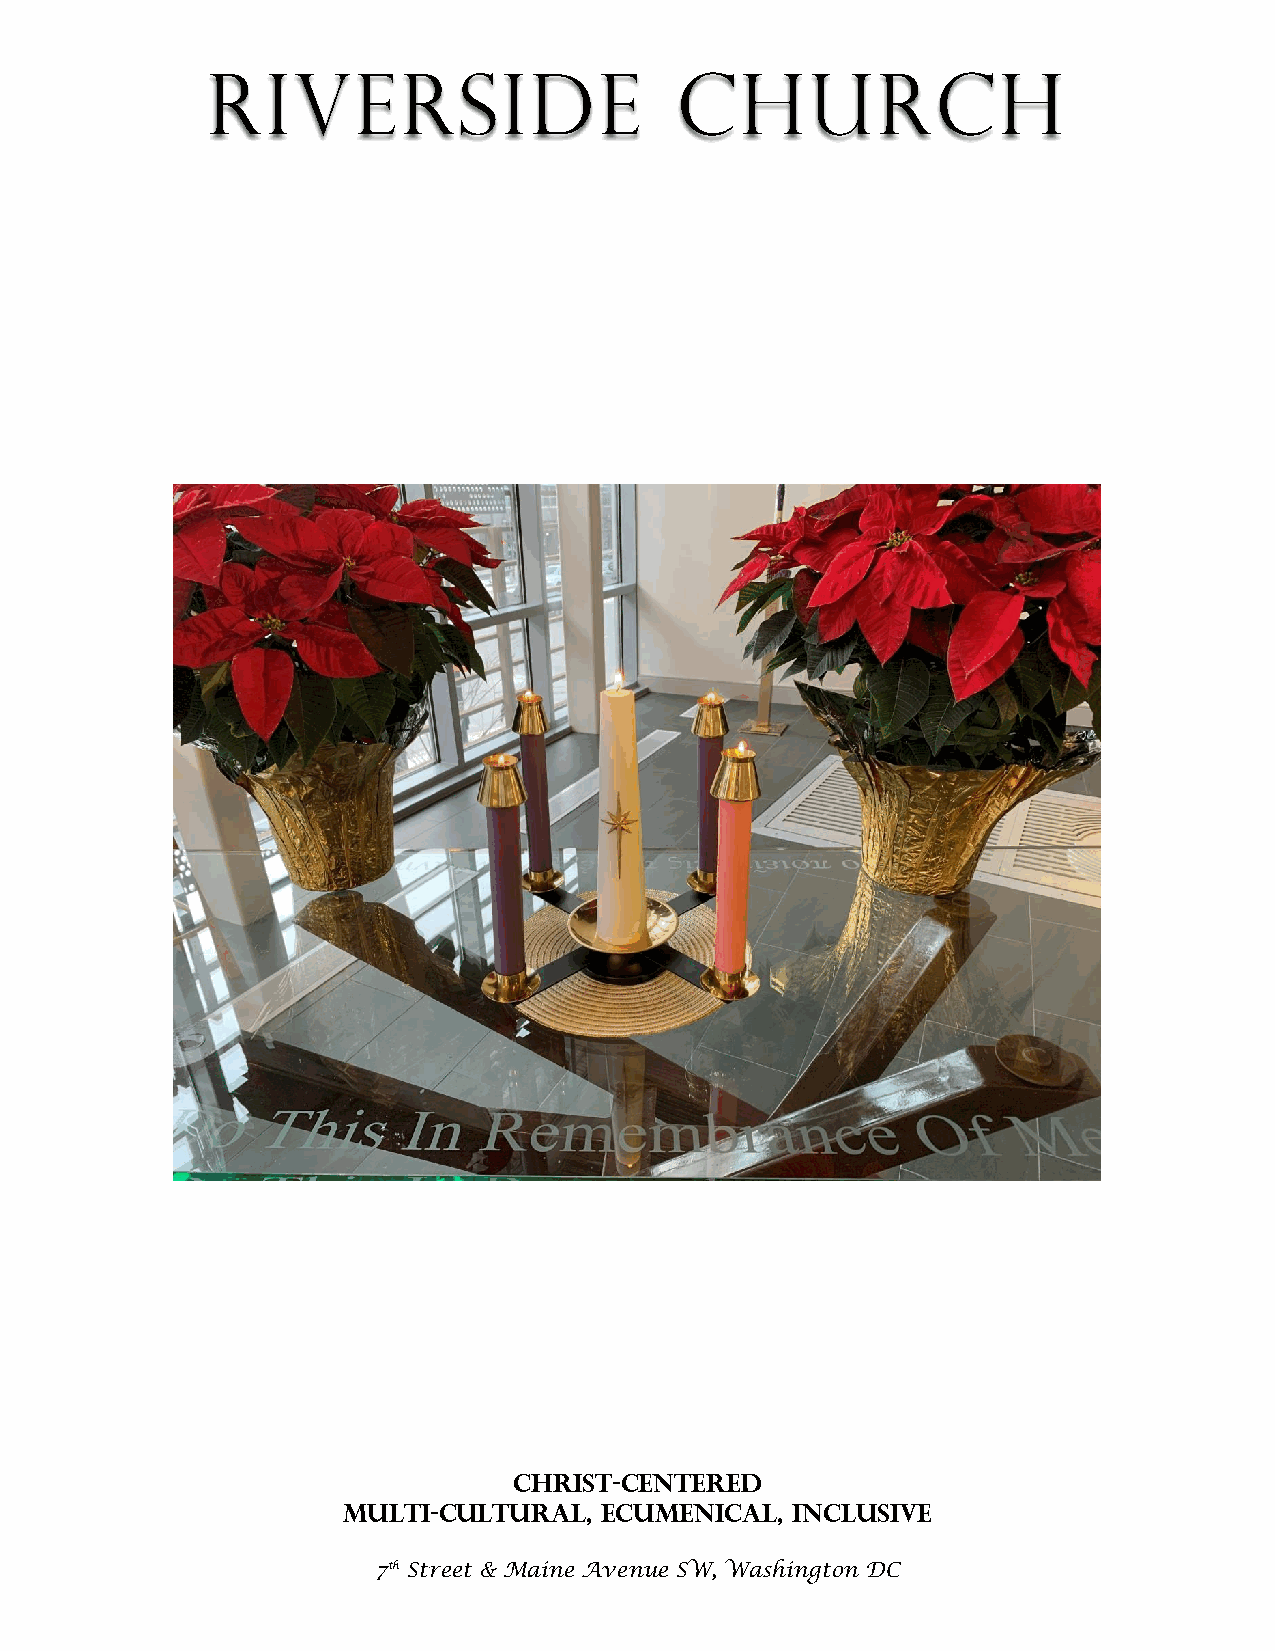
Riverside                      Church
 Christ-Centered
 Multi-cultural,  Ecumenical, Inclusive
 7th Street & Maine Avenue SW, Washington DC